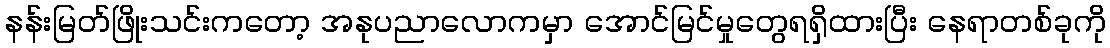
နန်းမြတ်ဖြိုးသင်းကတော့ အနုပညာလောကမှာ အောင်မြင်မှုတွေရရှိထားပြီး နေရာတစ်ခုကို